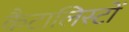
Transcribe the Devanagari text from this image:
कैटालिस्टों